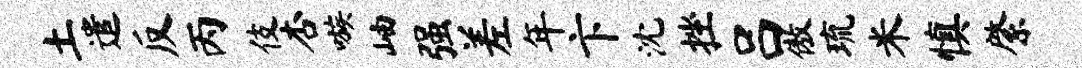
土遣反丙伎杏嗾岫强差年卞沈挫吕傲琉米慎綮